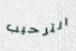
الترحيب